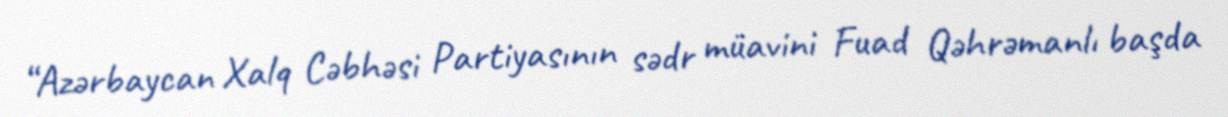
“Azərbaycan Xalq Cəbhəsi Partiyasının sədr müavini Fuad Qəhrəmanlı başda